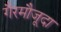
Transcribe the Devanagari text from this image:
गैरमौजूदा